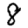
Digit: 8